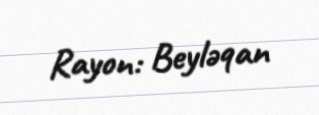
Rayon: Beyləqan